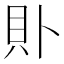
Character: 𧴤